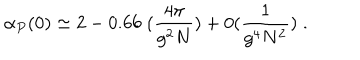
\alpha _ { P } ( 0 ) \simeq 2 - 0 . 6 6 \; ( \frac { 4 \pi } { g ^ { 2 } N } ) + 0 ( \frac { 1 } { g ^ { 4 } N ^ { 2 } } ) \; .